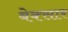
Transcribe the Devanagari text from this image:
बेक्सार